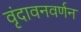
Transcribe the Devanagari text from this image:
वृंदावनवर्णन